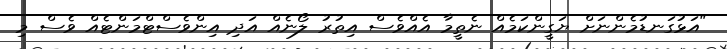
"އަޅުގަނޑުމެންނަށް ޔަގީންކަމެއް ނެތީމާ އެއްވެސް އިތުރު ލޯނެއް އަދި އިންވެސްޓްމަންޓެއް ވެސް މި